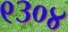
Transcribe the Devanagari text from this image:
९३०४